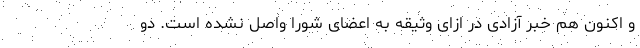
و اکنون هم خبر آزادی در ازای وثیقه به اعضای شورا واصل نشده است. دو